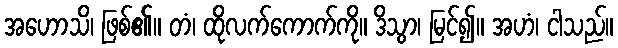
အဟောသိ၊ ဖြစ်၏။ တံ၊ ထိုလက်ကောက်ကို။ ဒိသွာ၊ မြင်၍။ အဟံ၊ ငါသည်။